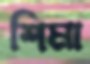
শিমা